Medical and sanitary report of the native army of Bengal for the year
Year: 1876
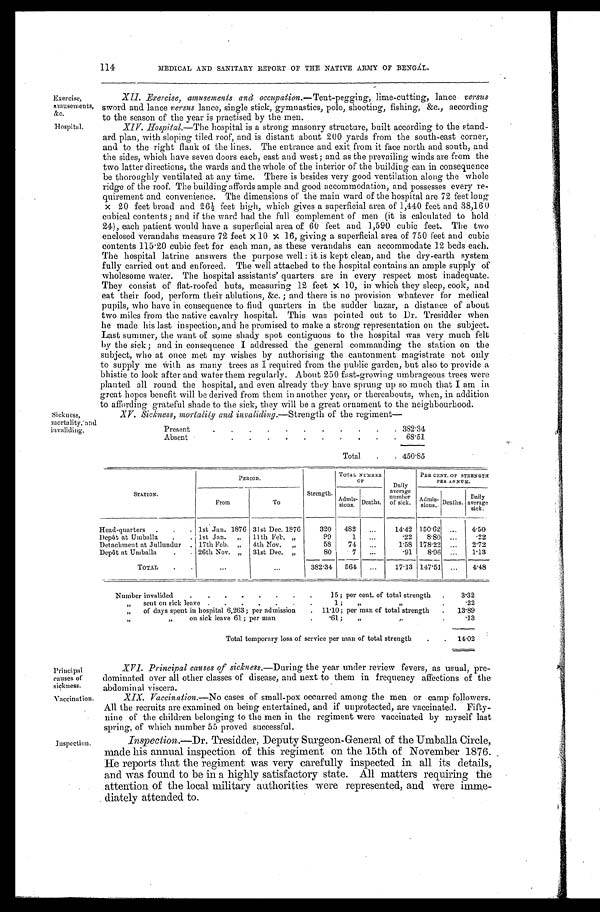
Exercise,
amusements,
&c.
Hospital.
XIV. Hospital.—The hospital is a strong masonry structure, built according to the stand
-ard plan, with sloping tiled roof, and is distant about 200 yards from the south-east corner,
and to the right flank of the lines. The entrance and exit from it face north and south, and
the sides, which have seven doors each, east and west; and as the prevailing winds are from the
two latter directions, the wards and the whole of the interior of the building can in consequence
be thoroughly ventilated at any time. There is besides very good ventilation along the whole
ridge of the roof. The building affords ample and good accommodation, and possesses every re
-quirement and convenience. The dimensions of the main ward of the hospital are 72 feet long
x 2 0 f e e t b r o a d a n d 2 6 ½ f e e t h i g h , w h i c h g i v e s a s u p e r f i c i a l a r e a o f 1 , 4 4 0 f e e t a n d 3 8 , 1 6 0
cubical contents; and if the ward had the full complement of men (it is calculated to hold
24), each patient would have a superficial area of 60 feet and 1,590 cubic feet. The two
enclosed verandahs measure 72 feet x 10 x 16, giving a superficial area of 750 feet and cubic
contents 115.20 cubic feet for each man, as these verandahs can accommodate 12 beds each.
The hospital latrine answers the purpose well: it is kept clean, and the dry-earth system
fully carried out and enforced. The well attached to the hospital contains an ample supply of
wholesome water. The hospital assistants' quarters are in every respect most inadequate.
They consist of flat-roofed huts, measuring 12 feet x 10, in which they sleep, cook, and
eat their food, perform their ablutions, &c.; and there is no provision whatever for medical
pupils, who have in consequence to find quarters in the sudder bazar, a distance of about
two miles from the native cavalry hospital. This was pointed out to Dr. Tresidder when
he made his last inspection, and he promised to make a strong representation on the subject.
Last summer, the want of some shady spot contiguous to the hospital was very much felt
by the sick; and in consequence I addressed the general commanding the station on the
subject, who at once met my wishes by authorising the cantonment magistrate not only
to supply me with as many trees as I required from the public garden, but also to provide a
bhistie to look after and water them regularly. About 250 fast-growing umbrageous trees were
planted all round the hospital, and even already they have sprung up so much that I am in
great hopes benefit will be derived from them in another year, or thereabouts, when, in addition
to affording grateful shade to the sick, they will be a great ornament to the neighbourhood.
Present
382.34
Absent
68.51
Total
450.85
Principal
causes of
sickness.
Vaccination.
114
MEDICAL AND SANITARY REPORT OF THE NATIVE ARMY OF BENGAL.
XII. Exercise, amusements and occupation. —Tent-pegging, lime-cutting, lance versus
sword and lance versus lance, single stick, gymnastics, polo, shooting, fishing, &c., according
to the season of the year is practised by the men.
Sickness,
mortality, and
invaliding.
XV. Sickness, mortality and invaliding. —Strength of the regiment
—
STATION.
PERIOD.
Strength.
TOTAL NUMBER
OF
Daily
average
number of sick.
PER CENT. OF STRENGTH
PER ANNUM.
From
To
Admis-
sions. Deaths.
Admis- s i o n s . Deaths. Daily
average sick.
Head-quarters
1st Jan. 1876 31st Dec. 1876
320 482
14.42 150.62
4.50
Depôt at Umballa
1st Jan. „ 11th Feb.
„
99
1
.22 8.80
.22
Detachment at Jullundur
17th Feb. „ 4th Nov.
„
58
74
1.58 178.22
2.72
Depôt at Umballa
26th Nov. „ 31st Dec. „
80
7
.91 8 . 9 6
1.13
TOTAL
382.34 564
17.13 147.51
4. 48
Number invalided
15; per cent. of total strength
3.32
„
sent on sick leave
1; „
„
. 2 2
„ of days spent in hospital 6,263; per admission
11.10; per man of total strength
13.89
„ on sick leave 61; per man
.61; „
„
.13
Total temporary loss of service per man of total strength
14.02
Inspection.
XVI. Principal causes of sickness. —During the year under review fevers, as usual, pre
- d o m i n a t e d o v e r a l l o t h e r c l a s s e s o f d i s e a s e , a n d n e x t t o t h e m i n f r e q u e n c y a f f e c t i o n s o f t h e
abdominal viscera.
XIX. Vaccination. —No cases of small-pox occurred among the men or camp followers.
All the recruits are examined on being entertained, and if unprotected, are vaccinated. Fifty
-nine of the children belonging to the men in the regiment were vaccinated by myself last
spring, of which number 55 proved successful.
Inspection. —Dr. Tresidder, Deputy Surgeon-General of the Umballa Circle,
made his annual inspection of this regiment on the 15th of November 1876.
He reports that the regiment was very carefully inspected in all its details,
and was found to be in a highly satisfactory state. All matters requiring the
attention of the local military authorities were represented, and were imme
-diately attended to.